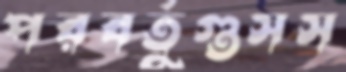
পরবর্তুগুসস